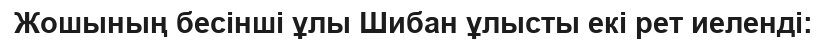
Жошының бесінші ұлы Шибан ұлысты екі рет иеленді: